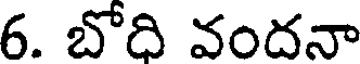
6. బోది వందనా